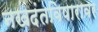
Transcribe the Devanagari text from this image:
नखदंतविषारावर